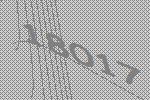
18017